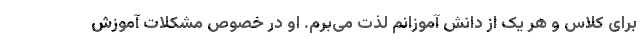
برای کلاس و هر یک از دانش آموزانم لذت می‌برم. او در خصوص مشکلات آموزش